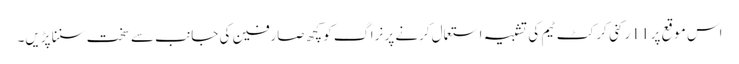
اس موقع پر 11 رکنی کرکٹ ٹیم کی تشبیہ استعمال کرنے پر نراگ کو کچھ صارفین کی جانب سے سخت سننا پڑیں۔